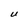
Character: U